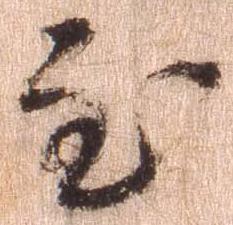
至